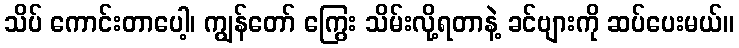
သိပ် ကောင်းတာပေါ့၊ ကျွန်တော် ကြွေး သိမ်းလို့ရတာနဲ့ ခင်ဗျားကို ဆပ်ပေးမယ်။